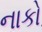
નાકો